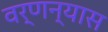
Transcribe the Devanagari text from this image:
वर्णन्यास